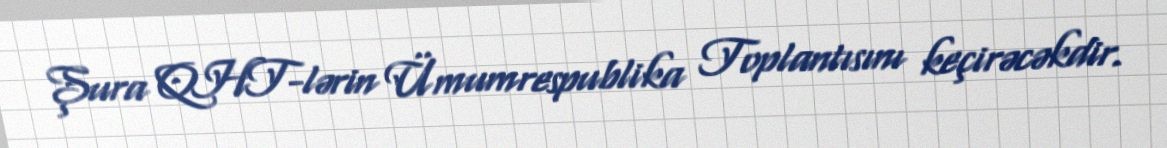
Şura QHT-lərin Ümumrespublika Toplantısını keçirəcəkdir.